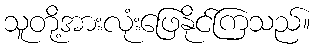
သူတို့အားလုံးဖြေနိုင်ကြသည်။